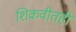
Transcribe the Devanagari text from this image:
शिकवीतही